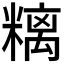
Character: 𥻿